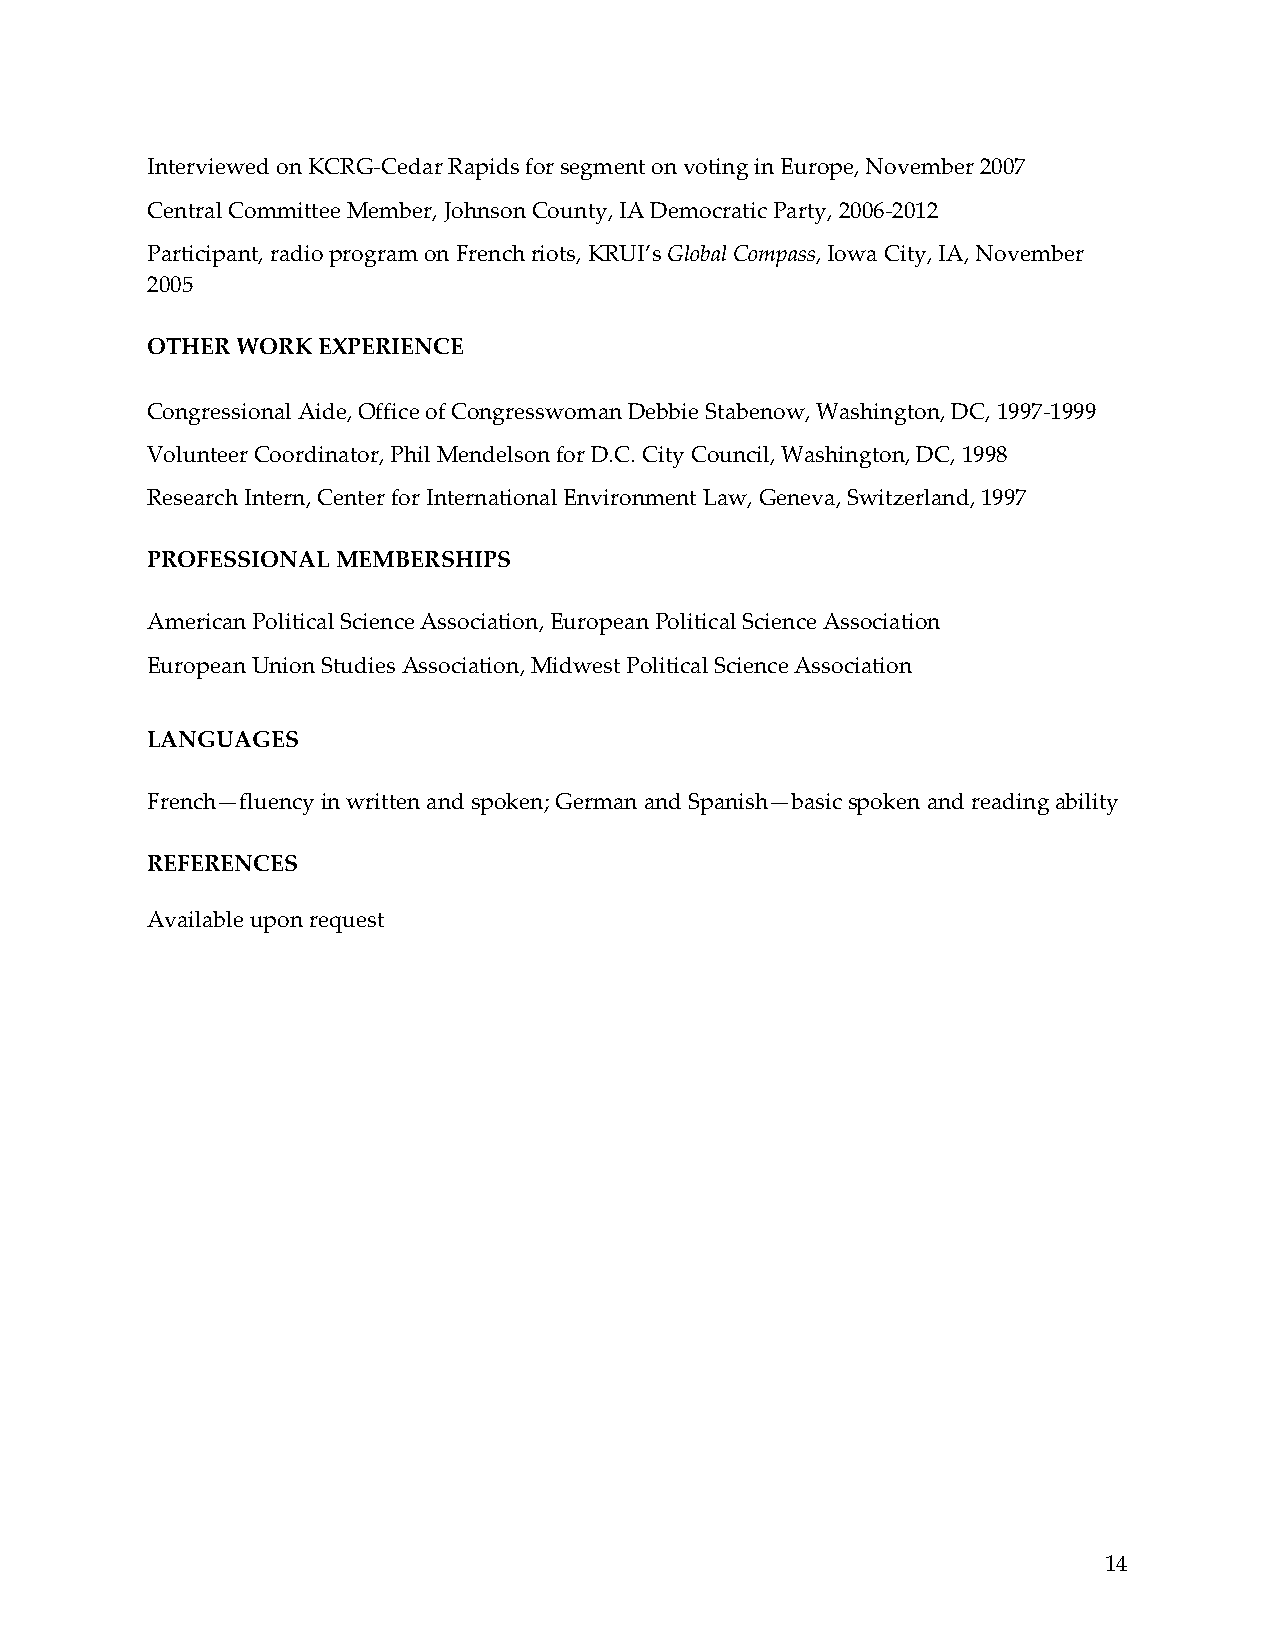
Interviewed on KCRG‐Cedar Rapids for segment on voting in Europe, November 2007
 Central Committee Member, Johnson County, IA Democratic Party, 2006‐2012
 Participant, radio program on French riots, KRUI’s Global Compass, Iowa City, IA, November
 2005
 OTHER WORK EXPERIENCE
 Congressional Aide, Office of Congresswoman Debbie Stabenow, Washington, DC, 1997‐1999
 Volunteer Coordinator, Phil Mendelson for D.C. City Council, Washington, DC, 1998
 Research Intern, Center for International Environment Law, Geneva, Switzerland, 1997
 PROFESSIONAL MEMBERSHIPS
 American Political Science Association, European Political Science Association
 European Union Studies Association, Midwest Political Science Association
 LANGUAGES
 French—fluency in written and spoken; German and Spanish—basic spoken and reading ability
 REFERENCES
 Available upon request
 14